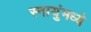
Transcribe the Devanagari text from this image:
स्नायुंमध्ये